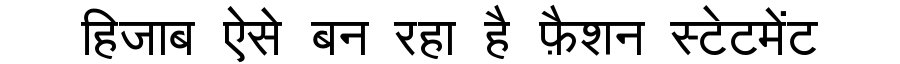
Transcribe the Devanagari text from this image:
हिजाब ऐसे बन रहा है फ़ैशन स्टेटमेंट